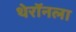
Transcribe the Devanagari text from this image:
थेरॉनला